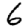
Digit: 6